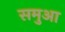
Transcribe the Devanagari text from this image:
समुआ